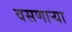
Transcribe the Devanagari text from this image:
वसणार्‍या